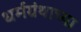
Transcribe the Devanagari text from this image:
धर्मग्रंथाच्या